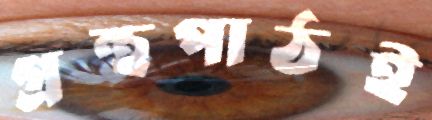
গ্রন্থপাঠই